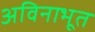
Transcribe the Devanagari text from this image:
अविनाभूत